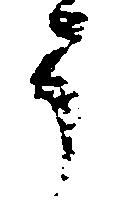
う